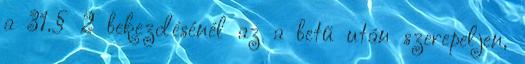
a 31.§ 2 bekezdésénél az a betű után szerepeljen,